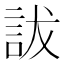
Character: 詙